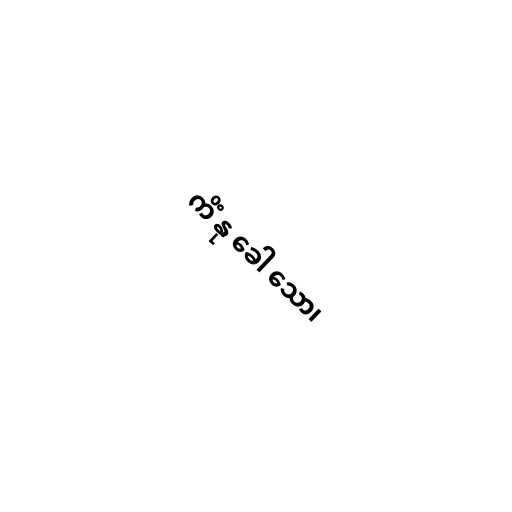
ကိံ နု ခေါ သော၊